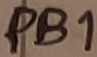
Text: PB1